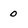
Character: 0